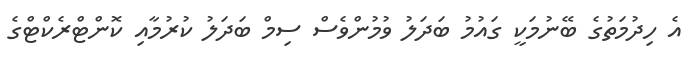
އެ ހިދުމަތުގެ ބޭނުމަކީ ގައުމު ބަދަލު ވުމުންވެސް ސިމް ބަދަލު ކުރުމާއި ކޮންޓްރެކްޓްގެ